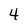
Character: 4